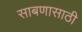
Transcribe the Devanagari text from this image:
साबणासाठी